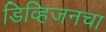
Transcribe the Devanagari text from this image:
डिव्हिजनचा